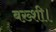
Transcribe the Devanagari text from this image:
बख़्शी।